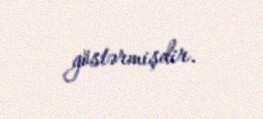
göstərmişdir.